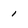
Character: i